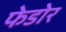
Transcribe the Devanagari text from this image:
फेडोर